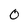
Character: 0